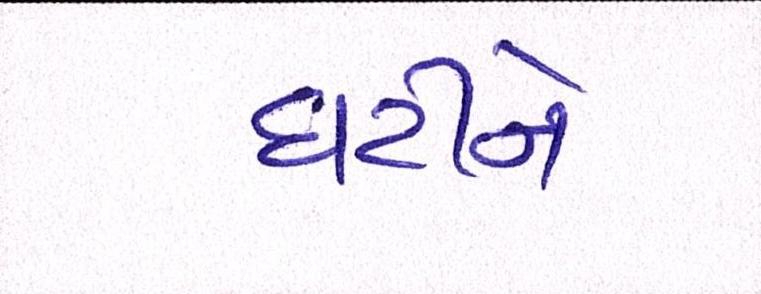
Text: ઘટીને